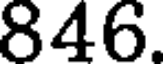
846.